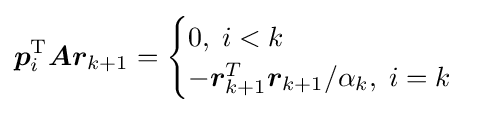
{\boldsymbol {p}}_{i}^{\mathrm {T} }{\boldsymbol {Ar}}_{k+1}={\begin{cases}0,\;i<k\\-{\boldsymbol {r}}_{k+1}^{T}{\boldsymbol {r}}_{k+1}/\alpha _{k},\;i=k\end{cases}}